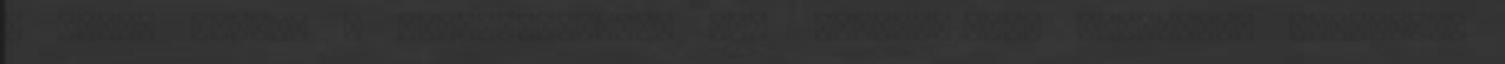
A Hely: filmek a pincefalvakról Egy 2008-04-28-án megjelent újságcikk